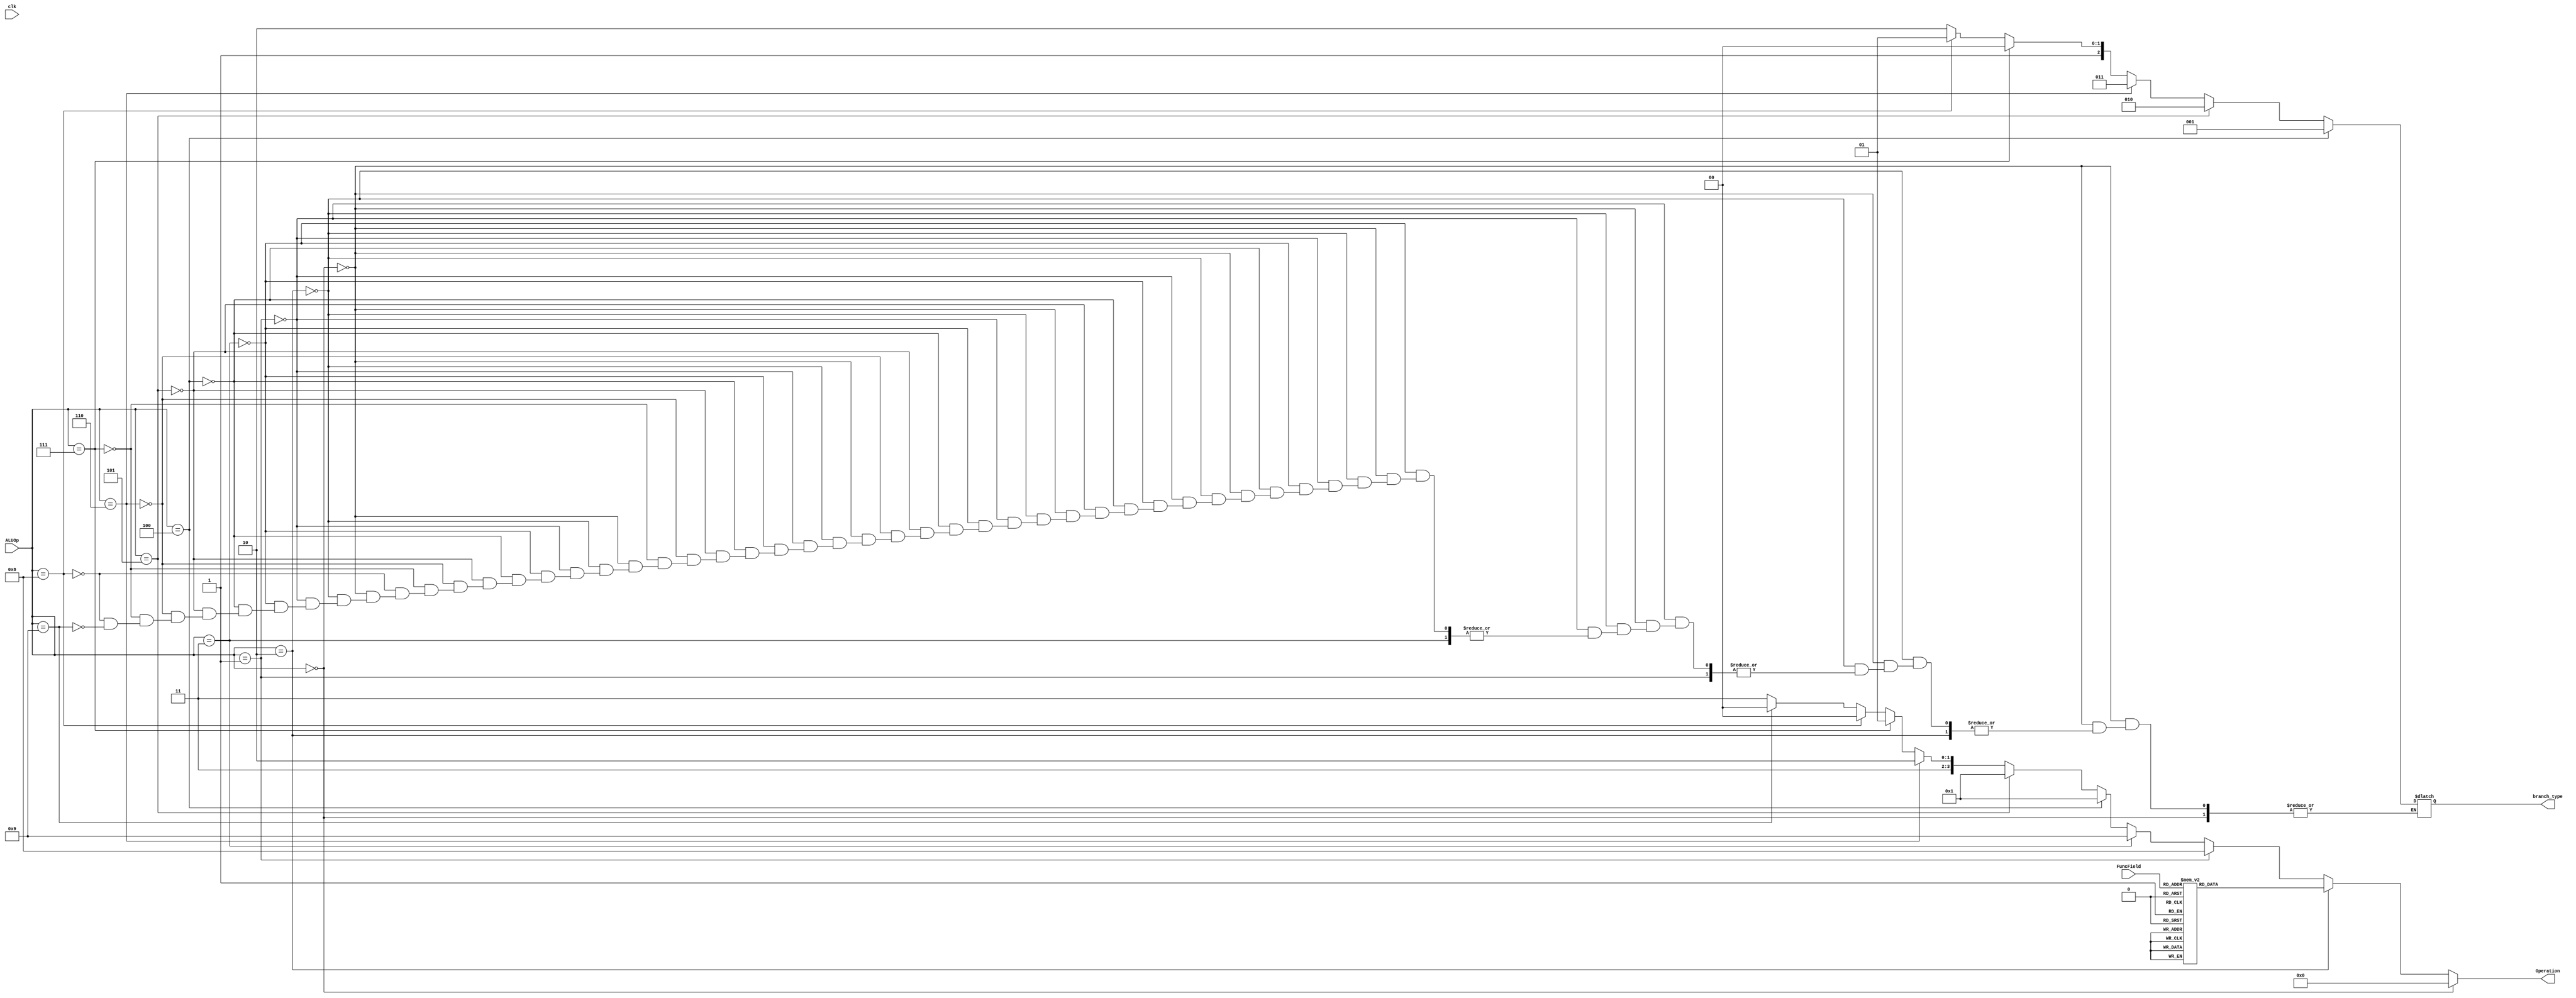
module alu_control(
input clk,
input [5:0] FuncField,
input [3:0] ALUOp,
output reg [3:0] Operation,
output reg [2:0] branch_type
);



    always @(ALUOp , FuncField) begin
	   if (ALUOp == 4'b0000) begin
		Operation = 4'b0000;
		end
		else if(ALUOp == 4'b0010) begin
        case (FuncField)
            6'b100000: Operation = 4'b0000;  // add 
            6'b100010: Operation = 4'b0001;  // sub
				6'b011000: Operation = 4'b0010;  //mul
				6'b011010: Operation = 4'b0011;  //div
				6'b000000: Operation = 4'b0100;  //sll
				6'b000010: Operation = 4'b0101;  //srl
				6'b100100: Operation = 4'b1000;  // and
            6'b100101: Operation = 4'b1001;  // or
				6'b100110: Operation = 4'b1010;  //xor
				6'b100111: Operation = 4'b1011;  //nor
            6'b101010: Operation = 4'b1110;  // SLT
				6'b100001: Operation = 4'b0110;	//addu
				6'b100011: Operation = 4'b0111;  //subu
				
            default: Operation <= 4'b0000;   // Default add operation
        endcase
		  
    end
	 
	 else if(ALUOp == 4'b0001)begin
		Operation = 4'b1000;  // andi
	 end

	  else if(ALUOp == 4'b0011)begin
		Operation = 4'b1001;  // ori
	 end
	 
	 else if(ALUOp == 4'b0100)begin
		Operation = 4'b0001;  // beq
		branch_type = 3'b001;
	 end
	 
	 else if(ALUOp == 4'b0101)begin
		Operation = 4'b0001;  // bne
		branch_type = 3'b010;
	 end
	 
	 else if(ALUOp == 4'b0110)begin
		Operation = 4'b1110;  // bgt
		branch_type = 3'b011;
	 end
	 
	 else if(ALUOp == 4'b0111)begin
		Operation = 4'b1101;  // blt
		branch_type = 3'b100;
	 end
	 
	 else if(ALUOp == 4'b1000)begin
		Operation = 4'b1100;  // bge
		branch_type = 3'b101;
	 end
	 
	 else if(ALUOp == 4'b1001)begin
		Operation = 4'b1100;  // ble
		branch_type = 3'b110;
	 end
	 
	  
	 
	 
	 
	 else begin Operation = 4'b1111;
	 end
	 end
endmodule